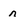
Character: n